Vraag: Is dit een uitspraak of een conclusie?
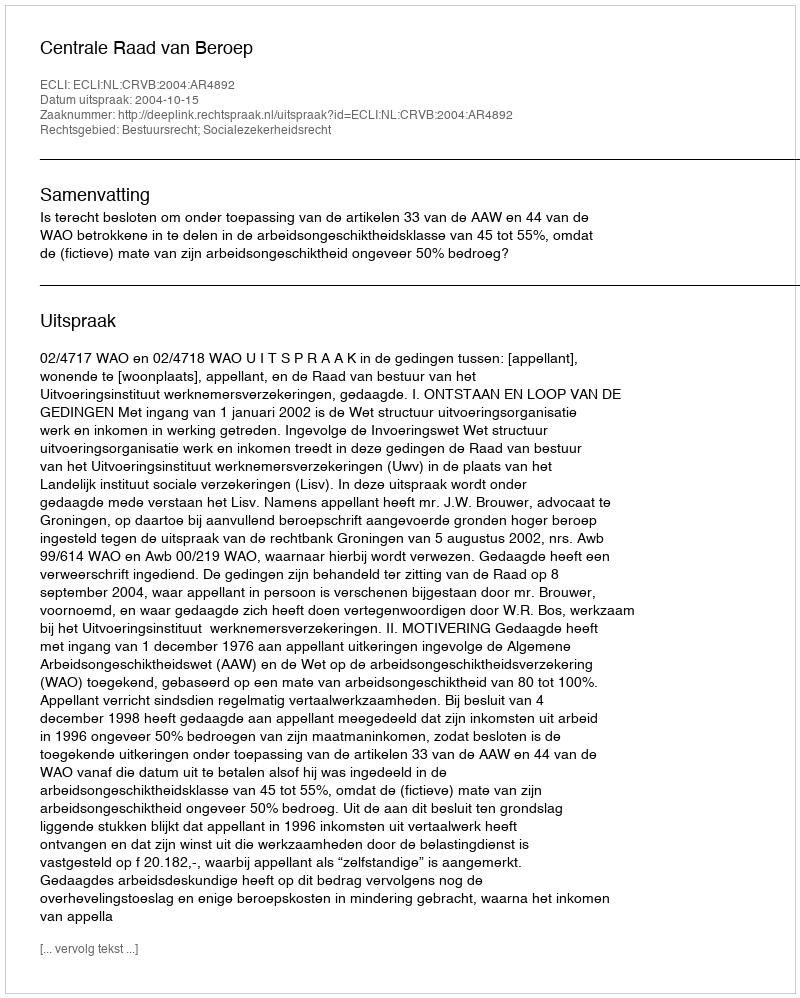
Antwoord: Uitspraak